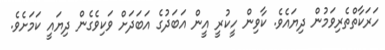
ހަރަކާތްތެރިވަމުން ދިޔައެވެ. ކާވިން ހީކުރީ އީން އަބަދުގެ އަބަދަށް ވަކިވެގެން ދިޔައީ ކަމަށެވެ.